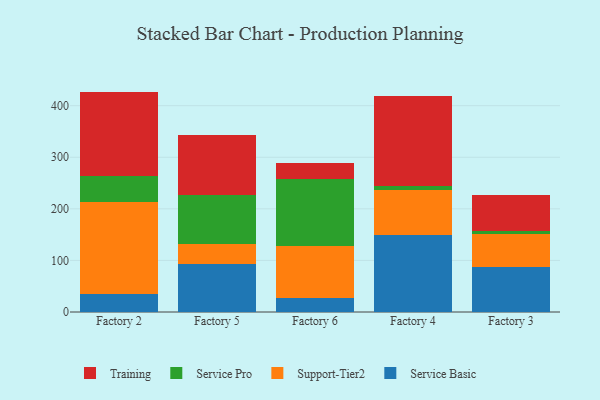
{"axis": {"x": "Factory", "y": "Churn Rate (%)"}, "legend": ["Service Basic", "Service Pro", "Support-Tier2", "Training"], "data": [{"x": "Factory 2", "y": 34.3, "type": "Service Basic"}, {"x": "Factory 2", "y": 179.3, "type": "Support-Tier2"}, {"x": "Factory 2", "y": 50.1, "type": "Service Pro"}, {"x": "Factory 2", "y": 163.6, "type": "Training"}, {"x": "Factory 5", "y": 92.6, "type": "Service Basic"}, {"x": "Factory 5", "y": 39.4, "type": "Support-Tier2"}, {"x": "Factory 5", "y": 95.0, "type": "Service Pro"}, {"x": "Factory 5", "y": 116.9, "type": "Training"}, {"x": "Factory 6", "y": 26.2, "type": "Service Basic"}, {"x": "Factory 6", "y": 101.9, "type": "Support-Tier2"}, {"x": "Factory 6", "y": 129.8, "type": "Service Pro"}, {"x": "Factory 6", "y": 31.1, "type": "Training"}, {"x": "Factory 4", "y": 149.4, "type": "Service Basic"}, {"x": "Factory 4", "y": 87.0, "type": "Support-Tier2"}, {"x": "Factory 4", "y": 8.2, "type": "Service Pro"}, {"x": "Factory 4", "y": 173.8, "type": "Training"}, {"x": "Factory 3", "y": 86.5, "type": "Service Basic"}, {"x": "Factory 3", "y": 64.4, "type": "Support-Tier2"}, {"x": "Factory 3", "y": 6.4, "type": "Service Pro"}, {"x": "Factory 3", "y": 69.5, "type": "Training"}]}